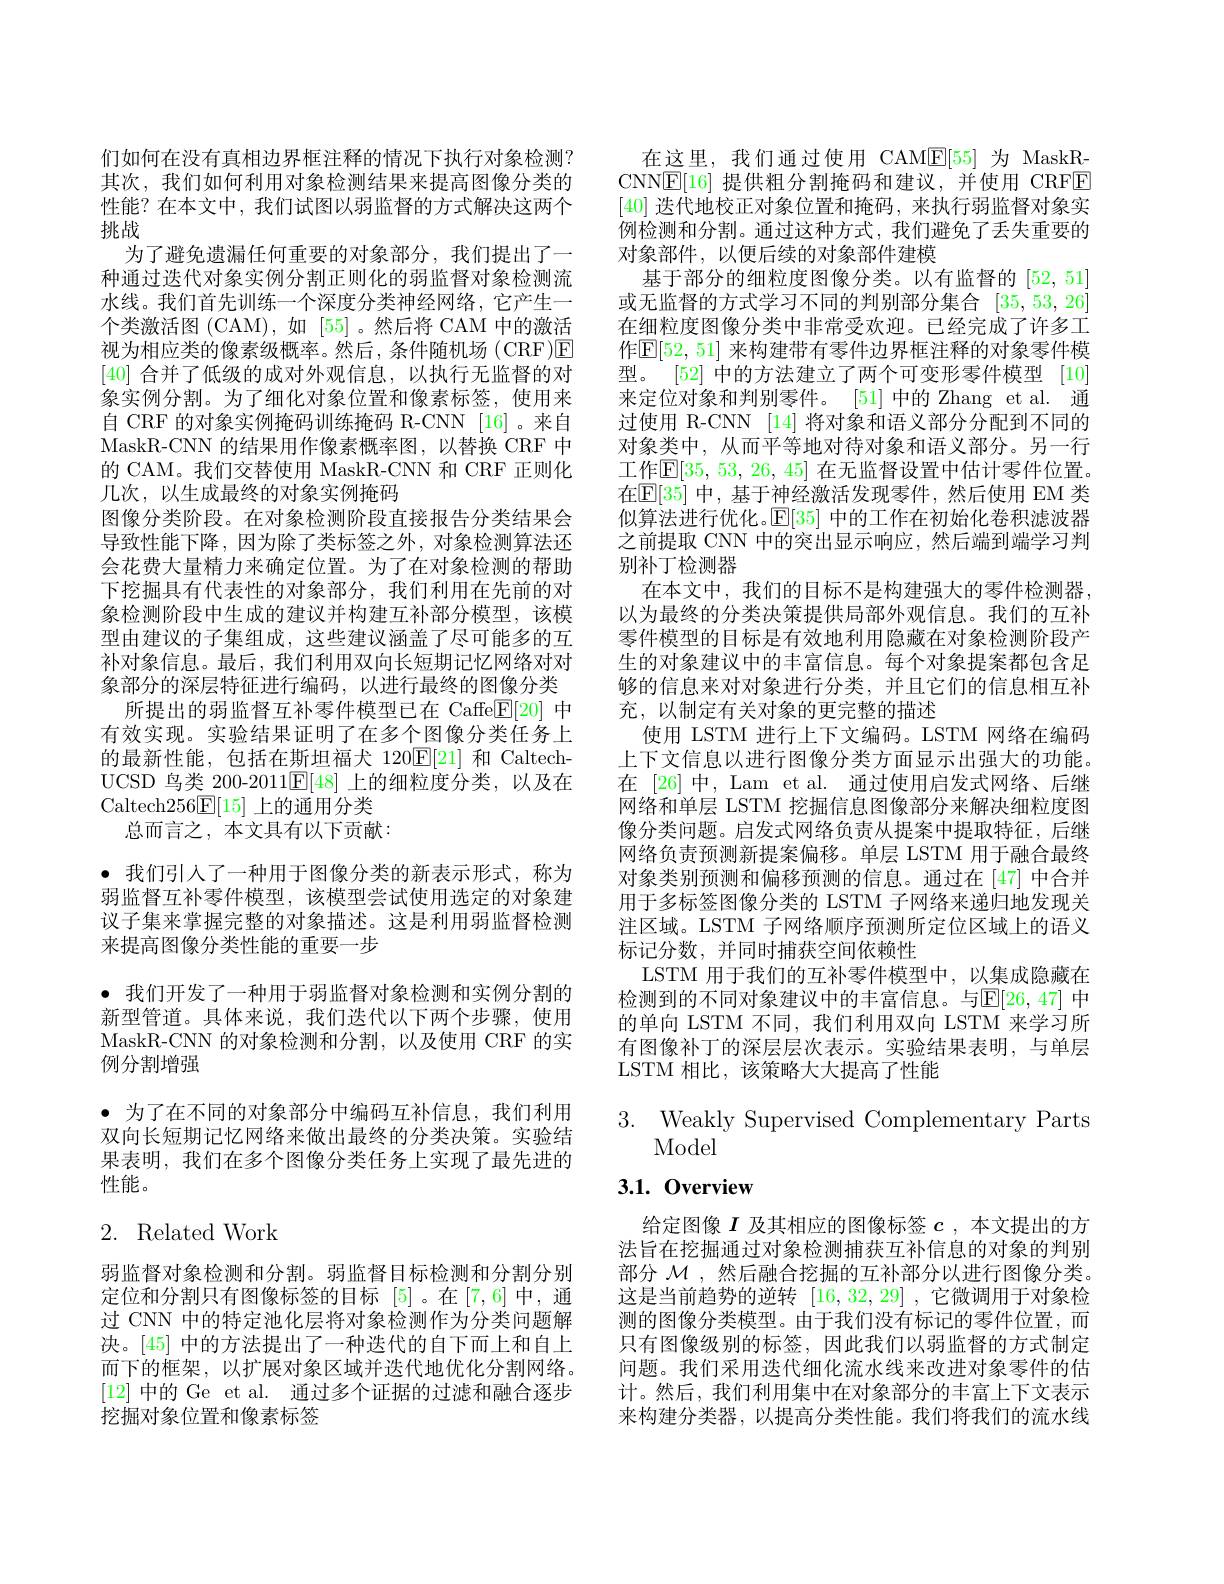
们如何在没有真相边界框注释的情况下执行对象检测？ 其次，我们如何利用对象检测结果来提高图像分类的性能？在本文中，我们试图以弱监督的方式解决这两个挑战
为了避免遗漏任何重要的对象部分，我们提出了一种通过迭代对象实例分割正则化的弱监督对象检测流水线。我们首先训练一个深度分类神经网络，它产生一个类激活图 (CAM),如 [55]。然后将 CAM 中的激活视为相应类的像素级概率。然后，条件随机场(CRF)☑ [40]合并了低级的成对外观信息，以执行无监督的对象实例分割。为了细化对象位置和像素标签，使用来自 CRF 的对象实例掩码训练掩码 R-CNN [16]。来自MaskR-CNN 的结果用作像素概率图，以替换 CRF 中的 CAM。我们交替使用 MaskR-CNN 和 CRF 正则化几次，以生成最终的对象实例掩码
图像分类阶段。在对象检测阶段直接报告分类结果会导致性能下降，因为除了类标签之外，对象检测算法还会花费大量精力来确定位置。为了在对象检测的帮助下挖掘具有代表性的对象部分，我们利用在先前的对象检测阶段中生成的建议并构建互补部分模型，该模型由建议的子集组成，这些建议涵盖了尽可能多的互补对象信息。最后，我们利用双向长短期记忆网络对对象部分的深层特征进行编码，以进行最终的图像分类
所提出的弱监督互补零件模型已在 Caffe$\mathbb{E}[20]$中有效实现。实验结果证明了在多个图像分类任务上的最新性能，包括在斯坦福犬 120$\overline{\mathbb{E}}[21]$和 CaltechUCSD 鸟类 200-2011$\mathbb{E}[48]$上的细粒度分类，以及在Caltech256E[15]上的通用分类
总而言之，本文具有以下贡献：
· 我们引人了一种用于图像分类的新表示形式，称为弱监督互补零件模型，该模型尝试使用选定的对象建议子集来掌握完整的对象描述。这是利用弱监督检测来提高图像分类性能的重要一步
· 我们开发了一种用于弱监督对象检测和实例分割的新型管道。具体来说，我们迭代以下两个步骤，使用MaskR-CNN 的对象检测和分割，以及使用 CRF 的实例分割增强
· 为了在不同的对象部分中编码互补信息，我们利用双向长短期记忆网络来做出最终的分类决策。实验结果表明，我们在多个图像分类任务上实现了最先进的性能。
2. Related Work

弱监督对象检测和分割。弱监督目标检测和分割分别定位和分割只有图像标签的目标 [5]。在[7,6]中，通过 CNN 中的特定池化层将对象检测作为分类问题解决。[45] 中的方法提出了一种迭代的自下而上和自上而下的框架，以扩展对象区域并迭代地优化分割网络。[12]中的 Ge et al. 通过多个证据的过滤和融合逐步挖掘对象位置和像素标签

在这里，我们通过使用 CAME[55] 为 MaskRCNN$\boxed{\mathbb{E}}[16]$提供粗分割掩码和建议，并使用 CRFE [40]迭代地校正对象位置和掩码，来执行弱监督对象实例检测和分割。通过这种方式，我们避免了丢失重要的对象部件，以便后续的对象部件建模
基于部分的细粒度图像分类。以有监督的[52,51] 或无监督的方式学习不同的判别部分集合[35,53,26] 在细粒度图像分类中非常受欢迎。已经完成了许多工作$\mathbb{E}[52,51]$ 来构建带有零件边界框注释的对象零件模型。[52] 中的方法建立了两个可变形零件模型 [10] 来定位对象和判别零件。[51]中的 Zhang et al. 通过使用 R-CNN [14] 将对象和语义部分分配到不同的对象类中，从而平等地对待对象和语义部分。另一行工作$\mathbb{E}[35,53,26,45]$ 在无监督设置中估计零件位置。在$\mathbb{E}[35]$ 中，基于神经激活发现零件，然后使用 EM 类似算法进行优化。$\mathbb{E}[35]$中的工作在初始化卷积滤波器之前提取 CNN 中的突出显示响应，然后端到端学习判别补丁检测器
在本文中，我们的目标不是构建强大的零件检测器， 以为最终的分类决策提供局部外观信息。我们的互补零件模型的目标是有效地利用隐藏在对象检测阶段产生的对象建议中的丰富信息。每个对象提案都包含足够的信息来对对象进行分类，并且它们的信息相互补充，以制定有关对象的更完整的描述
使用 LSTM 进行上下文编码。LSTM 网络在编码上下文信息以进行图像分类方面显示出强大的功能。在 [26] 中，Lam et al. 通过使用启发式网络、后继网络和单层 LSTM 挖掘信息图像部分来解决细粒度图像分类问题。启发式网络负责从提案中提取特征，后继网络负责预测新提案偏移。单层 LSTM 用于融合最终对象类别预测和偏移预测的信息。通过在[47] 中合并用于多标签图像分类的 LSTM 子网络来递归地发现关注区域。LSTM 子网络顺序预测所定位区域上的语义标记分数，并同时捕获空间依赖性
LSTM 用于我们的互补零件模型中，以集成隐藏在检测到的不同对象建议中的丰富信息。与$\mathbb{E}[26,47]$ 中的单向 LSTM 不同，我们利用双向 LSTM 来学习所有图像补丁的深层层次表示。实验结果表明，与单层LSTM 相比，该策略大大提高了性能

3. Weakly Supervised Complementary Parts
## Model

# 3.1.0verview

给定图像$I$及其相应的图像标签$c$ ,本文提出的方法旨在挖掘通过对象检测捕获互补信息的对象的判别部分$\mathcal{M}$ ,然后融合挖掘的互补部分以进行图像分类。这是当前趋势的逆转[16,32,29] ,它微调用于对象检测的图像分类模型。由于我们没有标记的零件位置，而只有图像级别的标签，因此我们以弱监督的方式制定问题。我们采用迭代细化流水线来改进对象零件的估计。然后，我们利用集中在对象部分的丰富上下文表示来构建分类器，以提高分类性能。我们将我们的流水线